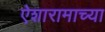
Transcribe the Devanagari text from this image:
ऐशारामाच्या